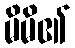
မိမိ၏